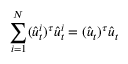
\sum _ { i = 1 } ^ { N } ( \hat { u } _ { t } ^ { i } ) ^ { \tau } \hat { u } _ { t } ^ { i } = ( \hat { \boldsymbol { u } } _ { t } ) ^ { \tau } \hat { \boldsymbol { u } } _ { t }